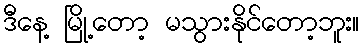
ဒီနေ့ မြို့တော့ မသွားနိုင်တော့ဘူး။